Leaving Certificate Examination, 1918
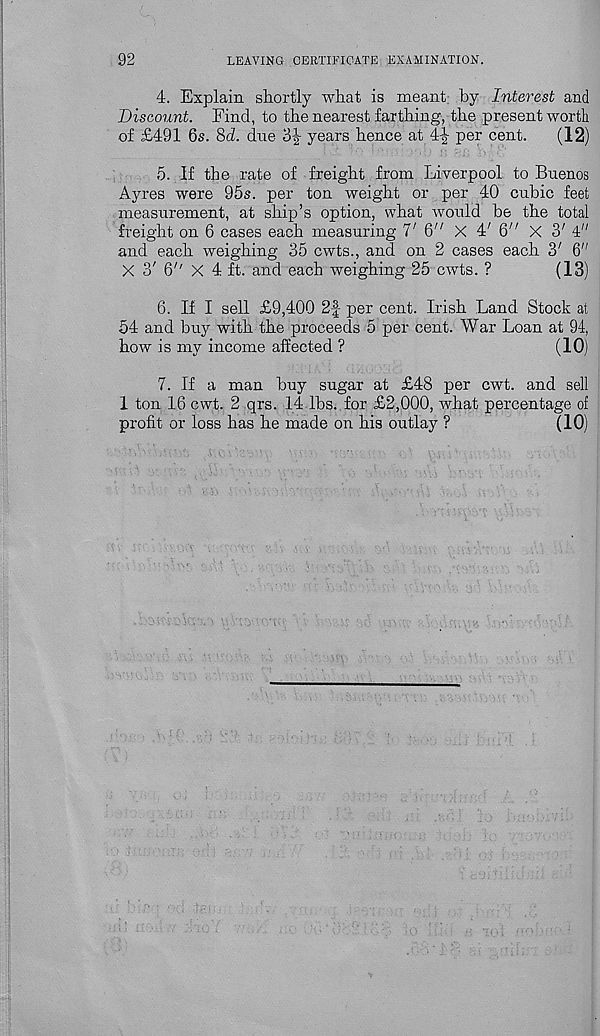
92
LEAVING CERTIFICATE EXAMINATION.
4. Explain shortly what is meant, by Interest and
Discount. Find, to the nearest farthing, the present worth
of £491 6s. 8d. due
years hence at 4-|- per cent.
(12)
5. If the rate of freight from Liverpool to Buenos
Ayres were 95s. per ton weight or per 40 cubic feet
measurement, at ship’s option, what would he the total
freight on 6 cases each measuring V 6" X 4' 6" X S' 4"
and each weighing 35 cwts., and on 2 cases each S' 6"
X 3' G 7 ' X 4 ft. and each weighing 25 cwts. ?
(13)
6. If I sell £9,400 2f per cent. Irish Land Stock at
54 and buy with the proceeds 5 per cent. War Loan at 94,
how is my income affected ?
(10)
7. If a man buy sugar at £48 per cwt. and sell
1 ton 16 cwt. 2 qrs. 14 lbs. for £2,000, what percentage of
profit or loss has he made on his outlay ?
(10)